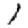
Digit: 1